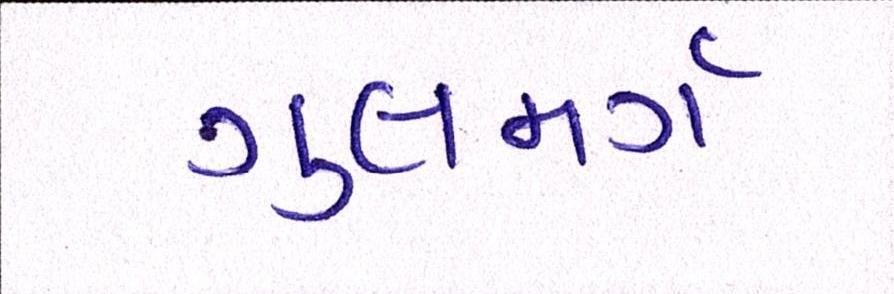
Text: ગુલમર્ગ